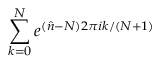
\sum _ { k = 0 } ^ { N } e ^ { ( \hat { n } - N ) 2 \pi i k / ( N + 1 ) }